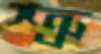
শ্ত্রু